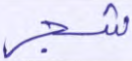
شجر